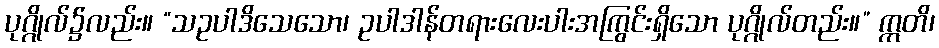
ပုဂ္ဂိုလ်၌လည်း။ “သဥပါဒိသေသော၊ ဥပါဒါန်တရားလေးပါးအကြွင်းရှိသော ပုဂ္ဂိုလ်တည်း။” ဣတိ၊